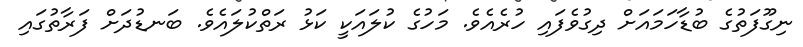
ނިގޫފަތުގެ ބުޑާހަމައަށް ދިގުވެފައި ހުރެއެވެ. މަހުގެ ކުލައަކީ ކަޅު ރަތްކުލައެވެ. ބަނޑުދަށް ފަރާތުގައި